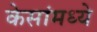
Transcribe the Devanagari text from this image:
केसांमध्ये